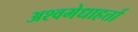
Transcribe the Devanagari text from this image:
अश्वमेधाहर्त्ता